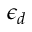
\epsilon _ { d }